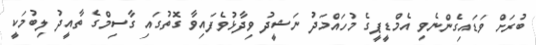
ބުރަށް ވަޑައިގެންނެވި އެމްޑީޕީގެ މުހައްމަދު ނަޝީދު ވިދާޅުވެފައިވާ ގޮތުގައި ގާސިމްގެ ތާއީދު ލިބުމަކީ